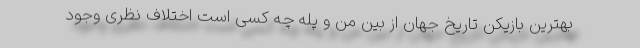
بهترین بازیکن تاریخ جهان از بین من و پله چه کسی است اختلاف نظری وجود